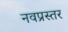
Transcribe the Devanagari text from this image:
नवप्रस्तर